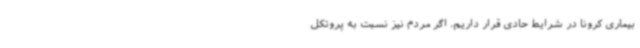
بیماری کرونا در شرایط حادی قرار داریم. اگر مردم نیز نسبت به پروتکل